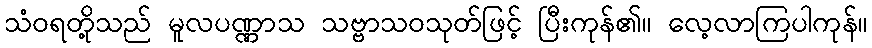
သံဝရတို့သည် မူလပဏ္ဏာသ သဗ္ဗာသဝသုတ်ဖြင့် ပြီးကုန်၏။ လေ့လာကြပါကုန်။